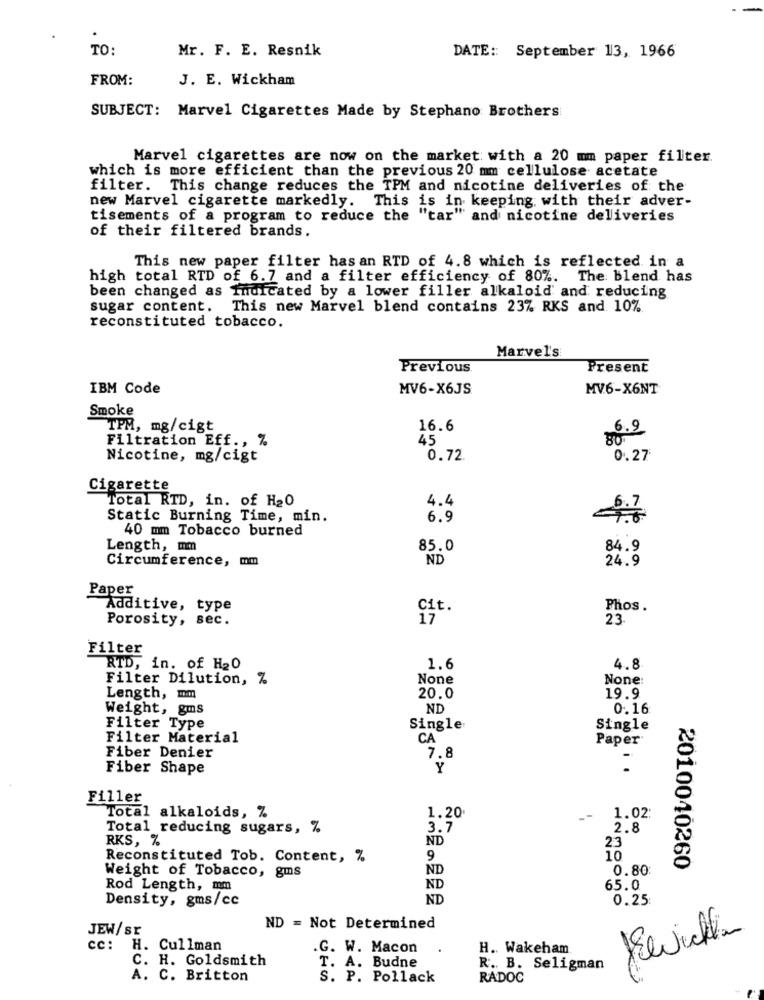
TO:
Mr. F. E. Resnik
DATE: September 13, 1966
FROM:
J. E. Wickham
SUBJECT: Marvel Cigarettes Made by Stephano Brothers
Marvel cigarettes are now on the market with a 20 mm paper filter.
which is more efficient than the previous 20 mm cellulose acetate
filter. This change reduces the TPM and nicotine deliveries of the
new Marvel cigarette markedly. This is in keeping with their adver-
tisements of a program to reduce the "tar" and nicotine deliveries
of their filtered brands.
This new paper filter hasan RTD of 4.8 which is reflected in a
high total RTD of 6.7 and a filter efficiency of 80%. The blend has
been changed as Indicated by a lower filler alkaloid and reducing
sugar content. This new Marvel blend contains 23% RKS and 10%
reconstituted tobacco.
Marvel's
Previous
Present
IBM Code
MV6-X6JS
MV6-X6NT
Smoke
TPM, mg/cigt
16.6
6.9
Filtration Eff ., %
45
Nicotine, mg/cigt
0.72
0.27
Cigarette
Total RTD, in. of H20
4.4
Static Burning Time, min.
6.9
40 mm Tobacco burned
Length, mm
85.0
84.9
Circumference, mm
ND
24.9
Paper
Additive, type
Phos .
Porosity, sec.
17
23
Filter
RTD, in. of H20
1.6
4.8
Filter Dilution, %
None:
Length, mm
20.0
19.9
Weight, gms
ND
0.16
Filter Type
Single
Single
Filter Material
CA
Paper
Fiber Denier
7.8
Fiber Shape
Y
Filler
Total alkaloids, %
1.20
--
1.02
Total reducing sugars, %
3.7
2.8
RKS, %
ND
23
Reconstituted Tob. Content, %
9
10
Weight of Tobacco, gms
ND
0.80:
2010040260
Rod Length, mm
ND
65.0
Density, gms/cc
ND
0.25
JEW/sr
ND = Not Determined
cc:
H. Cullman
.G. W. Macon
H .. Wakeham
C. H. Goldsmith
T. A. Budne
R. B. Seligman
A. C. Britton
S. P. Pollack
RADOC